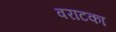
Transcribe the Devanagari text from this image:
वराटका